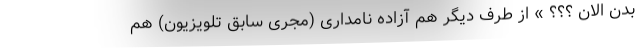
بدن الان ؟؟؟ » از طرف دیگر هم آزاده نامداری (مجری سابق تلویزیون) هم